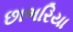
છાભરિયા